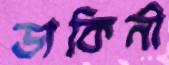
ডাকিনী